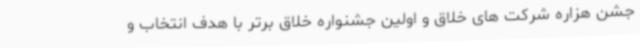
جشن هزاره شرکت های خلاق و اولین جشنواره خلاق برتر با هدف انتخاب و